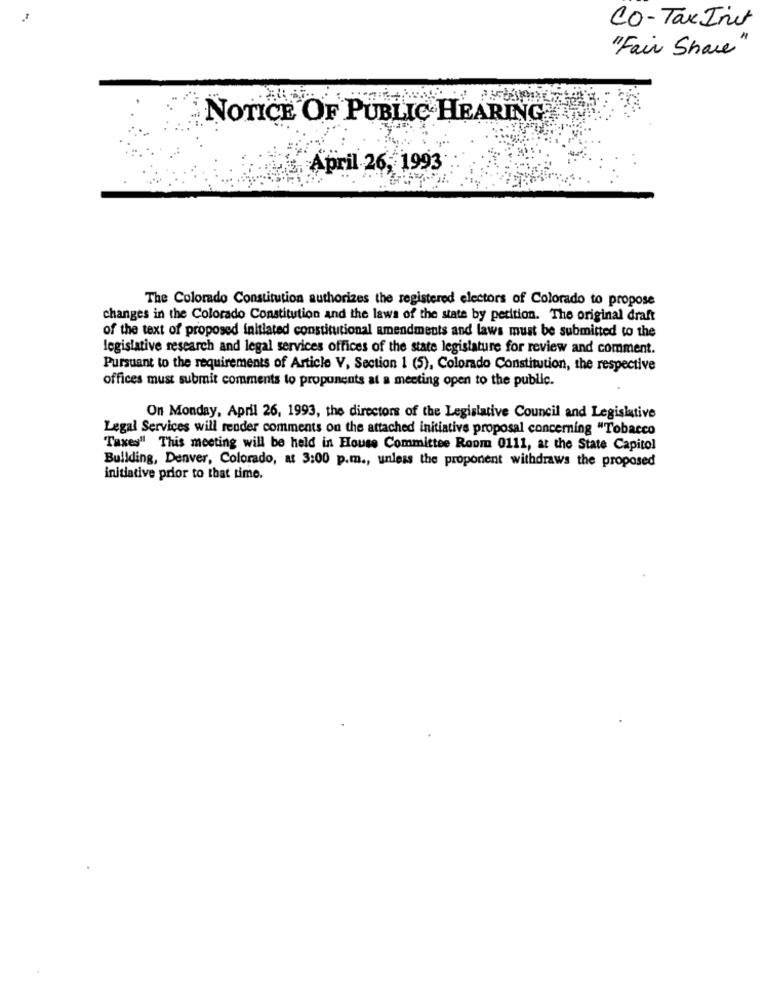
CO-Tax Init
"Fair Share"
NoTic
CE OF PUBLIC HEARING
April 26, 1993
The Colorado Constitution authorizes the registered electors of Colorado to propose
changes in the Colorado Constitution and the laws of the state by petition. The original draft
of the text of proposed initiated constitutional amendments and laws must be submitted to the
legislative research and legal services offices of the state legislature for review and comment.
Pursuant to the requirements of Article V, Section 1 (5), Colorado Constitution, the respective
offices must submit comments to proponents at a meeting open to the public.
On Monday, April 26, 1993, the directors of the Legislative Council and Legislative
Legal Services will render comments on the attached initiative proposal concerning "Tobacco
Taxes" This meeting will be held in House Committee Room 0111, at the State Capitol
Building, Denver, Colorado, at 3:00 p.m ., unless the proponent withdraws the proposed
initiative prior to that time.